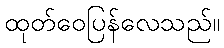
ထုတ်ဝေပြန်လေသည်။